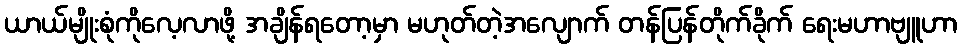
ယာယ်မျိုးစုံကိုလေ့လာဖို့ အချိန်ရတော့မှာ မဟုတ်တဲ့အလျောက် တန်ပြန်တိုက်ခိုက် ရေးမဟာဗျူဟာ